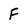
Character: F